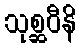
သုစ္ဆဝီနိ